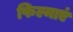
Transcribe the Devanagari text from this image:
फिल्माएं